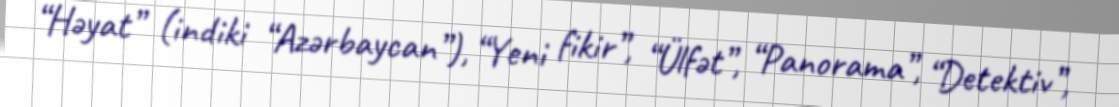
“Həyat” (indiki “Azərbaycan”), “Yeni fikir”, “Ülfət”, “Panorama”, “Detektiv”,